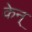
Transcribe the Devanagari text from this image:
केन्